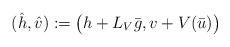
LaTeX: \begin{align*}(\hat h, \hat v):=\big(h+L_V \bar g, v+ V (\bar u)\big)\end{align*}